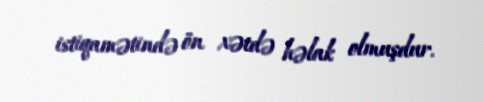
istiqamətində ön xətdə həlak olmuşdur.